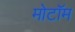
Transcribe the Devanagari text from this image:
मोटॉम